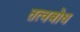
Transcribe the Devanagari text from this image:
तत्वबोध